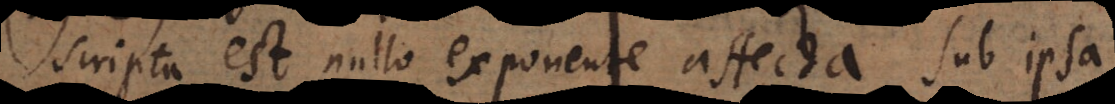
scripta est nullo exponente affecta, sub ipsa